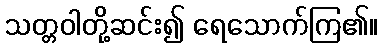
သတ္တဝါတို့ဆင်း၍ ရေသောက်ကြ၏။